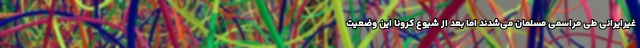
غیرایرانی طی مراسمی مسلمان می‌شدند اما بعد از شیوع کرونا این وضعیت